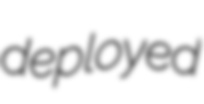
deployed